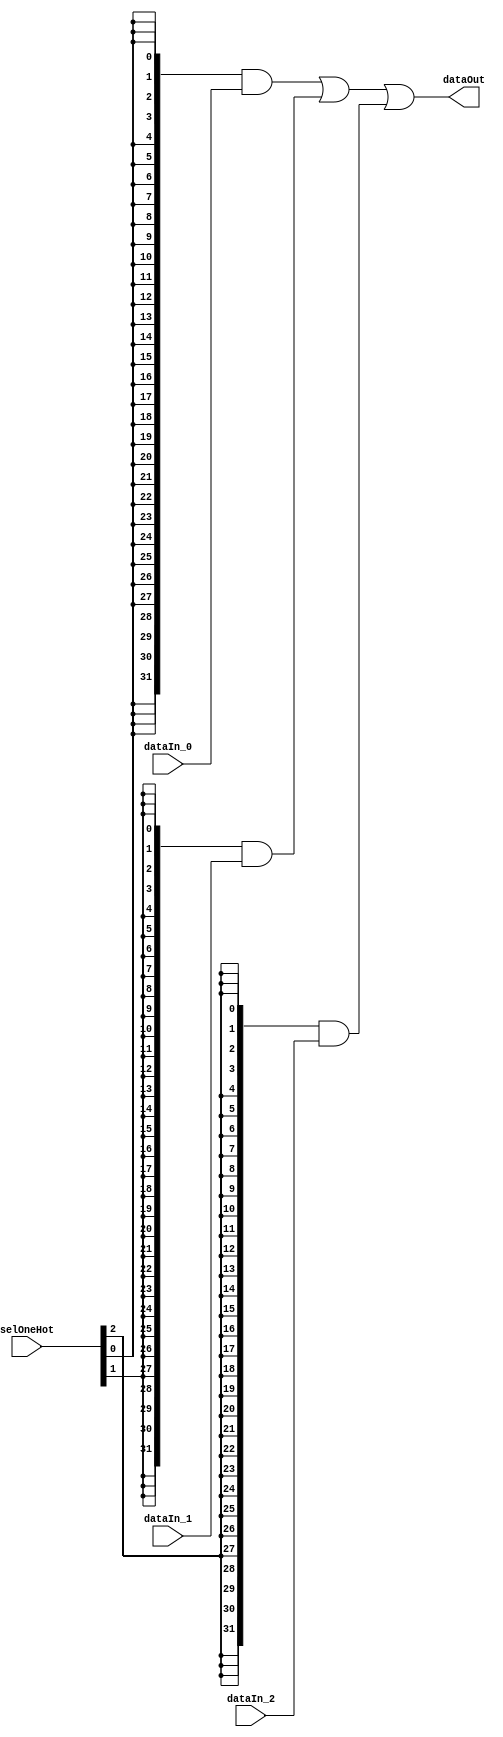
// Generator : SpinalHDL v1.7.3    git head : aeaeece704fe43c766e0d36a93f2ecbb8a9f2003
// Component : muxOneHot

`timescale 1ns/1ps

module muxOneHot (
  input      [31:0]   dataIn_0,
  input      [31:0]   dataIn_1,
  input      [31:0]   dataIn_2,
  input      [2:0]    selOneHot,
  output     [31:0]   dataOut
);

  wire       [31:0]   dataMask_0;
  wire       [31:0]   dataMask_1;
  wire       [31:0]   dataMask_2;
  wire                _zz_dataMask_0;
  reg        [31:0]   _zz_dataMask_0_1;
  wire                _zz_dataMask_1;
  reg        [31:0]   _zz_dataMask_1_1;
  wire                _zz_dataMask_2;
  reg        [31:0]   _zz_dataMask_2_1;

  assign _zz_dataMask_0 = selOneHot[0];
  always @(*) begin
    _zz_dataMask_0_1[31] = _zz_dataMask_0;
    _zz_dataMask_0_1[30] = _zz_dataMask_0;
    _zz_dataMask_0_1[29] = _zz_dataMask_0;
    _zz_dataMask_0_1[28] = _zz_dataMask_0;
    _zz_dataMask_0_1[27] = _zz_dataMask_0;
    _zz_dataMask_0_1[26] = _zz_dataMask_0;
    _zz_dataMask_0_1[25] = _zz_dataMask_0;
    _zz_dataMask_0_1[24] = _zz_dataMask_0;
    _zz_dataMask_0_1[23] = _zz_dataMask_0;
    _zz_dataMask_0_1[22] = _zz_dataMask_0;
    _zz_dataMask_0_1[21] = _zz_dataMask_0;
    _zz_dataMask_0_1[20] = _zz_dataMask_0;
    _zz_dataMask_0_1[19] = _zz_dataMask_0;
    _zz_dataMask_0_1[18] = _zz_dataMask_0;
    _zz_dataMask_0_1[17] = _zz_dataMask_0;
    _zz_dataMask_0_1[16] = _zz_dataMask_0;
    _zz_dataMask_0_1[15] = _zz_dataMask_0;
    _zz_dataMask_0_1[14] = _zz_dataMask_0;
    _zz_dataMask_0_1[13] = _zz_dataMask_0;
    _zz_dataMask_0_1[12] = _zz_dataMask_0;
    _zz_dataMask_0_1[11] = _zz_dataMask_0;
    _zz_dataMask_0_1[10] = _zz_dataMask_0;
    _zz_dataMask_0_1[9] = _zz_dataMask_0;
    _zz_dataMask_0_1[8] = _zz_dataMask_0;
    _zz_dataMask_0_1[7] = _zz_dataMask_0;
    _zz_dataMask_0_1[6] = _zz_dataMask_0;
    _zz_dataMask_0_1[5] = _zz_dataMask_0;
    _zz_dataMask_0_1[4] = _zz_dataMask_0;
    _zz_dataMask_0_1[3] = _zz_dataMask_0;
    _zz_dataMask_0_1[2] = _zz_dataMask_0;
    _zz_dataMask_0_1[1] = _zz_dataMask_0;
    _zz_dataMask_0_1[0] = _zz_dataMask_0;
  end

  assign dataMask_0 = (_zz_dataMask_0_1 & dataIn_0);
  assign _zz_dataMask_1 = selOneHot[1];
  always @(*) begin
    _zz_dataMask_1_1[31] = _zz_dataMask_1;
    _zz_dataMask_1_1[30] = _zz_dataMask_1;
    _zz_dataMask_1_1[29] = _zz_dataMask_1;
    _zz_dataMask_1_1[28] = _zz_dataMask_1;
    _zz_dataMask_1_1[27] = _zz_dataMask_1;
    _zz_dataMask_1_1[26] = _zz_dataMask_1;
    _zz_dataMask_1_1[25] = _zz_dataMask_1;
    _zz_dataMask_1_1[24] = _zz_dataMask_1;
    _zz_dataMask_1_1[23] = _zz_dataMask_1;
    _zz_dataMask_1_1[22] = _zz_dataMask_1;
    _zz_dataMask_1_1[21] = _zz_dataMask_1;
    _zz_dataMask_1_1[20] = _zz_dataMask_1;
    _zz_dataMask_1_1[19] = _zz_dataMask_1;
    _zz_dataMask_1_1[18] = _zz_dataMask_1;
    _zz_dataMask_1_1[17] = _zz_dataMask_1;
    _zz_dataMask_1_1[16] = _zz_dataMask_1;
    _zz_dataMask_1_1[15] = _zz_dataMask_1;
    _zz_dataMask_1_1[14] = _zz_dataMask_1;
    _zz_dataMask_1_1[13] = _zz_dataMask_1;
    _zz_dataMask_1_1[12] = _zz_dataMask_1;
    _zz_dataMask_1_1[11] = _zz_dataMask_1;
    _zz_dataMask_1_1[10] = _zz_dataMask_1;
    _zz_dataMask_1_1[9] = _zz_dataMask_1;
    _zz_dataMask_1_1[8] = _zz_dataMask_1;
    _zz_dataMask_1_1[7] = _zz_dataMask_1;
    _zz_dataMask_1_1[6] = _zz_dataMask_1;
    _zz_dataMask_1_1[5] = _zz_dataMask_1;
    _zz_dataMask_1_1[4] = _zz_dataMask_1;
    _zz_dataMask_1_1[3] = _zz_dataMask_1;
    _zz_dataMask_1_1[2] = _zz_dataMask_1;
    _zz_dataMask_1_1[1] = _zz_dataMask_1;
    _zz_dataMask_1_1[0] = _zz_dataMask_1;
  end

  assign dataMask_1 = (_zz_dataMask_1_1 & dataIn_1);
  assign _zz_dataMask_2 = selOneHot[2];
  always @(*) begin
    _zz_dataMask_2_1[31] = _zz_dataMask_2;
    _zz_dataMask_2_1[30] = _zz_dataMask_2;
    _zz_dataMask_2_1[29] = _zz_dataMask_2;
    _zz_dataMask_2_1[28] = _zz_dataMask_2;
    _zz_dataMask_2_1[27] = _zz_dataMask_2;
    _zz_dataMask_2_1[26] = _zz_dataMask_2;
    _zz_dataMask_2_1[25] = _zz_dataMask_2;
    _zz_dataMask_2_1[24] = _zz_dataMask_2;
    _zz_dataMask_2_1[23] = _zz_dataMask_2;
    _zz_dataMask_2_1[22] = _zz_dataMask_2;
    _zz_dataMask_2_1[21] = _zz_dataMask_2;
    _zz_dataMask_2_1[20] = _zz_dataMask_2;
    _zz_dataMask_2_1[19] = _zz_dataMask_2;
    _zz_dataMask_2_1[18] = _zz_dataMask_2;
    _zz_dataMask_2_1[17] = _zz_dataMask_2;
    _zz_dataMask_2_1[16] = _zz_dataMask_2;
    _zz_dataMask_2_1[15] = _zz_dataMask_2;
    _zz_dataMask_2_1[14] = _zz_dataMask_2;
    _zz_dataMask_2_1[13] = _zz_dataMask_2;
    _zz_dataMask_2_1[12] = _zz_dataMask_2;
    _zz_dataMask_2_1[11] = _zz_dataMask_2;
    _zz_dataMask_2_1[10] = _zz_dataMask_2;
    _zz_dataMask_2_1[9] = _zz_dataMask_2;
    _zz_dataMask_2_1[8] = _zz_dataMask_2;
    _zz_dataMask_2_1[7] = _zz_dataMask_2;
    _zz_dataMask_2_1[6] = _zz_dataMask_2;
    _zz_dataMask_2_1[5] = _zz_dataMask_2;
    _zz_dataMask_2_1[4] = _zz_dataMask_2;
    _zz_dataMask_2_1[3] = _zz_dataMask_2;
    _zz_dataMask_2_1[2] = _zz_dataMask_2;
    _zz_dataMask_2_1[1] = _zz_dataMask_2;
    _zz_dataMask_2_1[0] = _zz_dataMask_2;
  end

  assign dataMask_2 = (_zz_dataMask_2_1 & dataIn_2);
  assign dataOut = ((dataMask_0 | dataMask_1) | dataMask_2);

endmodule